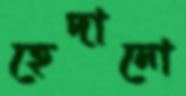
হেদানো